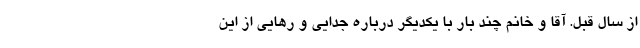
از سال قبل. آقا و خانم چند بار با یکدیگر درباره جدایی و رهایی از این